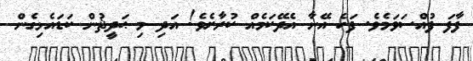
ފާފަ ފުއްސަވަމެވެ. ފަހެ އޭނާ އެދޭކަމެއް ކުރާށެވެ! އަދި މި ޙަދީޘުން ކަޑައެޅިގެން